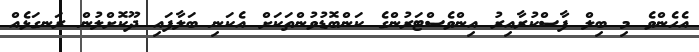
އެހެންވެ މި ބިލް ފާސްކުރާއިރު އިންވެސްޓަރުންގެ ކަންބޮޑުވުންތަކަށް އެކަނި ބަލާފައި ދޫކޮށްލުން ރަނގަޅެއް